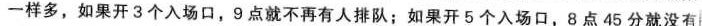
一样多，如果开3个入场口，9点就不再有人排队；如果开5个入场口，8点45分就没有